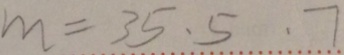
m = 3 5 , 5 , 7